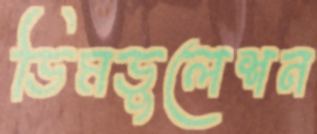
ডিমডুলেশন